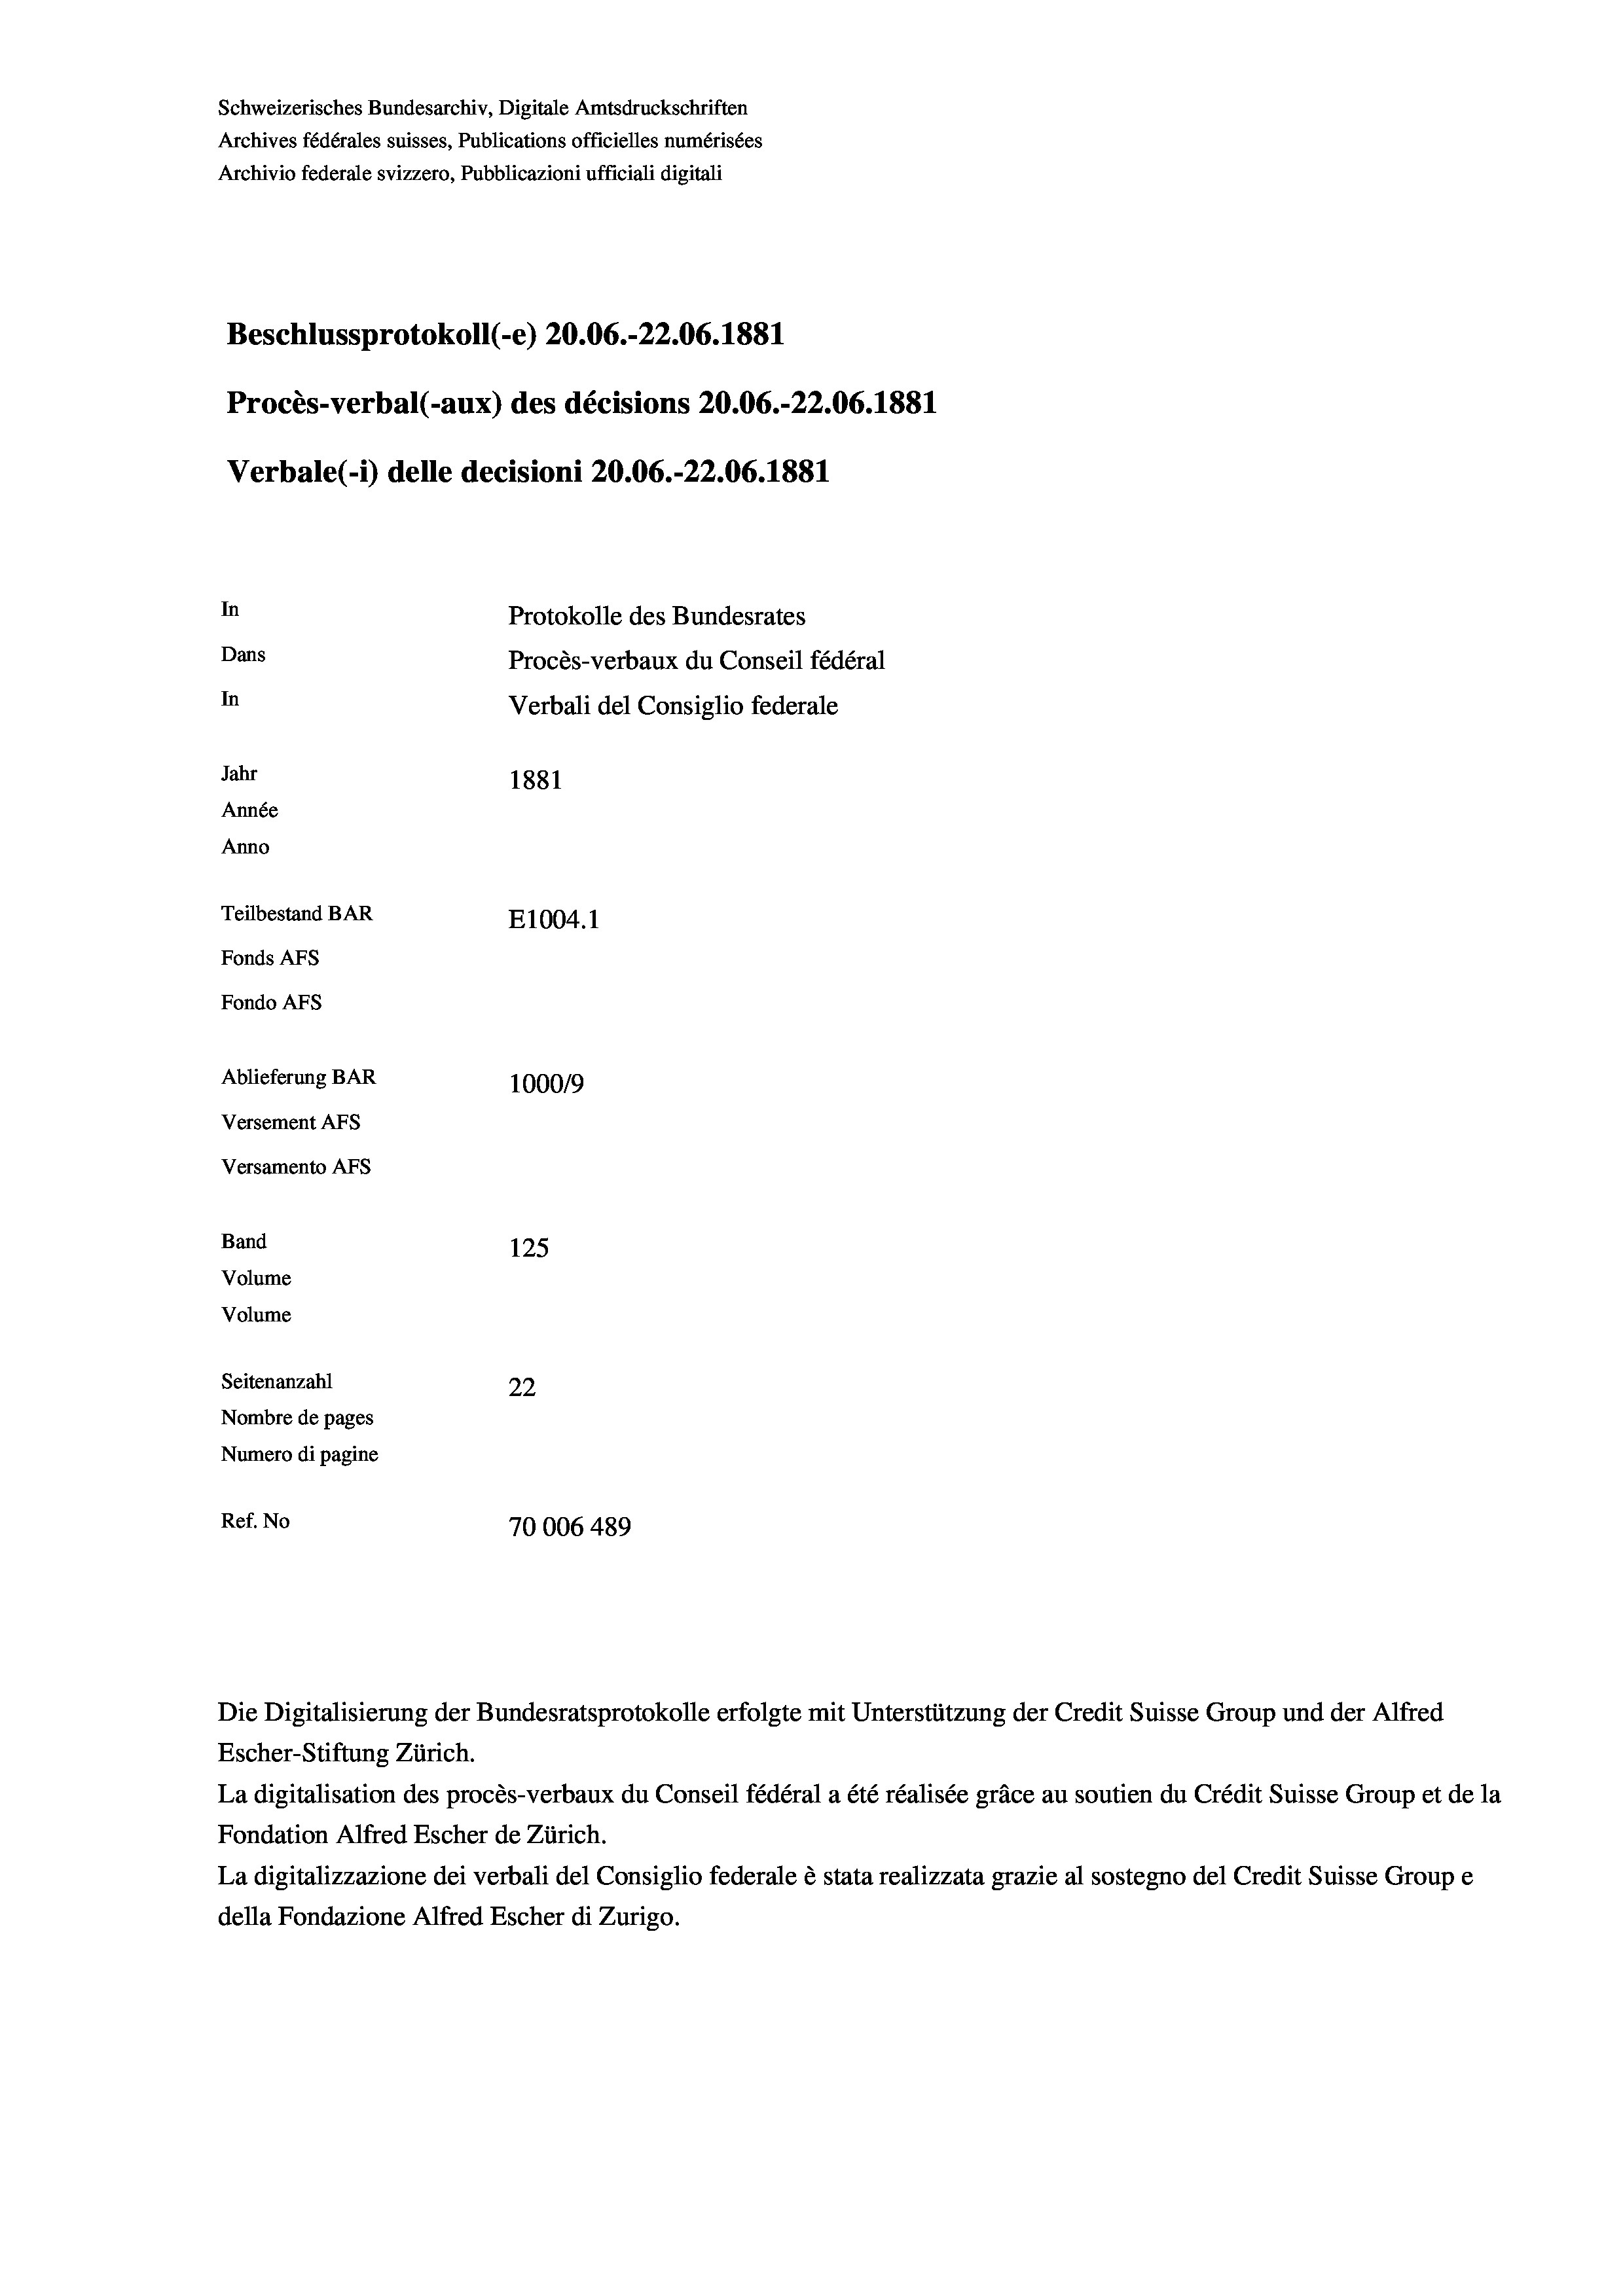
Schweizerisches Bundesarchiv, Digitale Amtsdruckschriften
Archives fédérales suisses, Publications officielles numérisées
Archivio federale svizzero, Pubblicazioni ufficiali digitali

Beschlussprotokoll (-e) 20.06.-22.06. 1881
In
Protokolle des Bundesrates
Dans
Procès-verbaux du Conseil fédéral
In
Verbali del Consiglio federale
Jahr
1881
Année
Anno
Teilbestand BAR
E1004. 1
Fonds AFs
Fondo Afs
Ablieferung BAR
100019
Versement AFs

Procès-verbal (-aux) des décisions 20.06.-22.06. 1881
Verbale (- 1) delle decisioni 20.06.-22.06. 1881

Band
Volume
Volume

Versamento Afs

125
Seitenanzahl
22
Nombre de pages
Numero di pagine
Ref. No
70006 489

Die Digitalisierung der Bundesratsprotokolle erfolgte mit Unterstützung der Credit Suisse Group und der Alfred
Escher-Stiftung Zürich.
La digitalisation des procès-verbaux du Conseil fédéral a été réalisée gräce au soutien du Crédit Suisse Group et de la
Fondation Alfred Escher de Zürich.
La digitalizzazione dei verbali del Consiglio federale è stata realizzata grazie al sostegno del Credit Suisse Groupe
della Fondazione Alfred Escher di Zurigo.